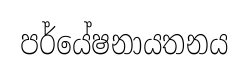
පර්යේෂනායතනය